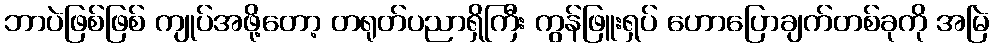
ဘာပဲဖြစ်ဖြစ် ကျုပ်အဖို့တော့ တရုတ်ပညာရှိကြီး ကွန်ဖြူးရှပ် ဟောပြောချက်တစ်ခုကို အမြဲ